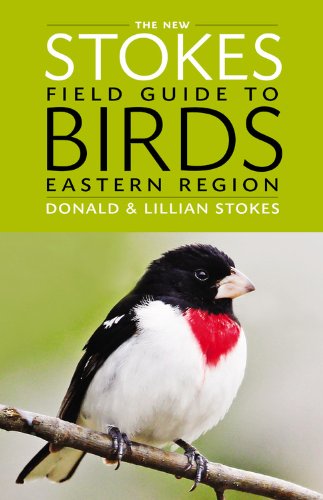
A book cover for The New Stokes Field Guide to Birds: Eastern Region; Donald Stokes; Science & Math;